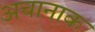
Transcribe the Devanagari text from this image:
अचानाक